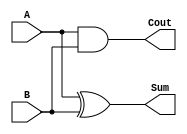
`timescale 1ns / 1ps
//////////////////////////////////////////////////////////////////////////////////
// Company: 
// Engineer: 
// 
// Design Name: 
// Module Name:    Half_Adder 
// Project Name: 
// Target Devices: 
// Tool versions: 
// Description: 
//
// Dependencies: 
//
// Revision: 
// Revision 0.01 - File Created
// Additional Comments: 
//
//////////////////////////////////////////////////////////////////////////////////
module Half_Adder(
		output Sum,
		output Cout,
		input A,
		input B
    );

	xor (Sum , A , B);
	and (Cout , A , B);

endmodule